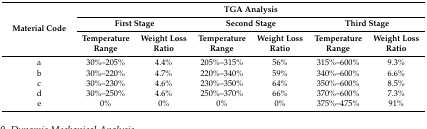
<table><thead><tr><td rowspan="3"><b>Material Code</b></td><td colspan="6"><b>TGA Analysis</b></td></tr><tr><td colspan="2"><b>First Stage</b></td><td colspan="2"><b>Second Stage</b></td><td colspan="2"><b>Third Stage</b></td></tr><tr><td><b>Temperature Range</b></td><td><b>Weight Loss Ratio</b></td><td><b>Temperature Range</b></td><td><b>Weight Loss Ratio</b></td><td><b>Temperature Range</b></td><td><b>Weight Loss Ratio</b></td></tr></thead><tbody><tr><td>a</td><td>30%–205%</td><td>4.4%</td><td>205%–315%</td><td>56%</td><td>315%–600%</td><td>9.3%</td></tr><tr><td>b</td><td>30%–220%</td><td>4.7%</td><td>220%–340%</td><td>59%</td><td>340%–600%</td><td>6.6%</td></tr><tr><td>c</td><td>30%–230%</td><td>4.6%</td><td>230%–350%</td><td>64%</td><td>350%–600%</td><td>8.5%</td></tr><tr><td>d</td><td>30%–250%</td><td>4.6%</td><td>250%–370%</td><td>66%</td><td>370%–600%</td><td>7.3%</td></tr><tr><td>e</td><td>0%</td><td>0%</td><td>0%</td><td>0%</td><td>375%–475%</td><td>91%</td></tr></tbody></table>